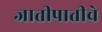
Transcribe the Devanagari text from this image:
जातीपातीचे